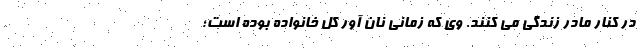
در کنار مادر زندگی می کنند. وی که زمانی نان آور کل خانواده بوده است؛